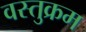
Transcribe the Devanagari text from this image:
वस्तुक्रम